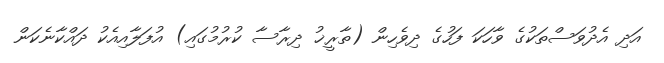
އަދި އެދުވަސްތަކުގެ ވާހަކަ ފަހުގެ ދިވެހިން (ތާރީޚު ދިރާސާ ކުރުމުގައި) އުފަލާއިއެކު ދައްކާނެކަން